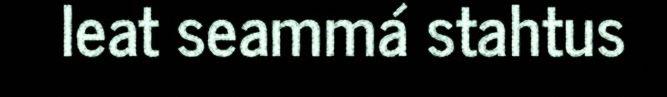
leat seammá stahtus